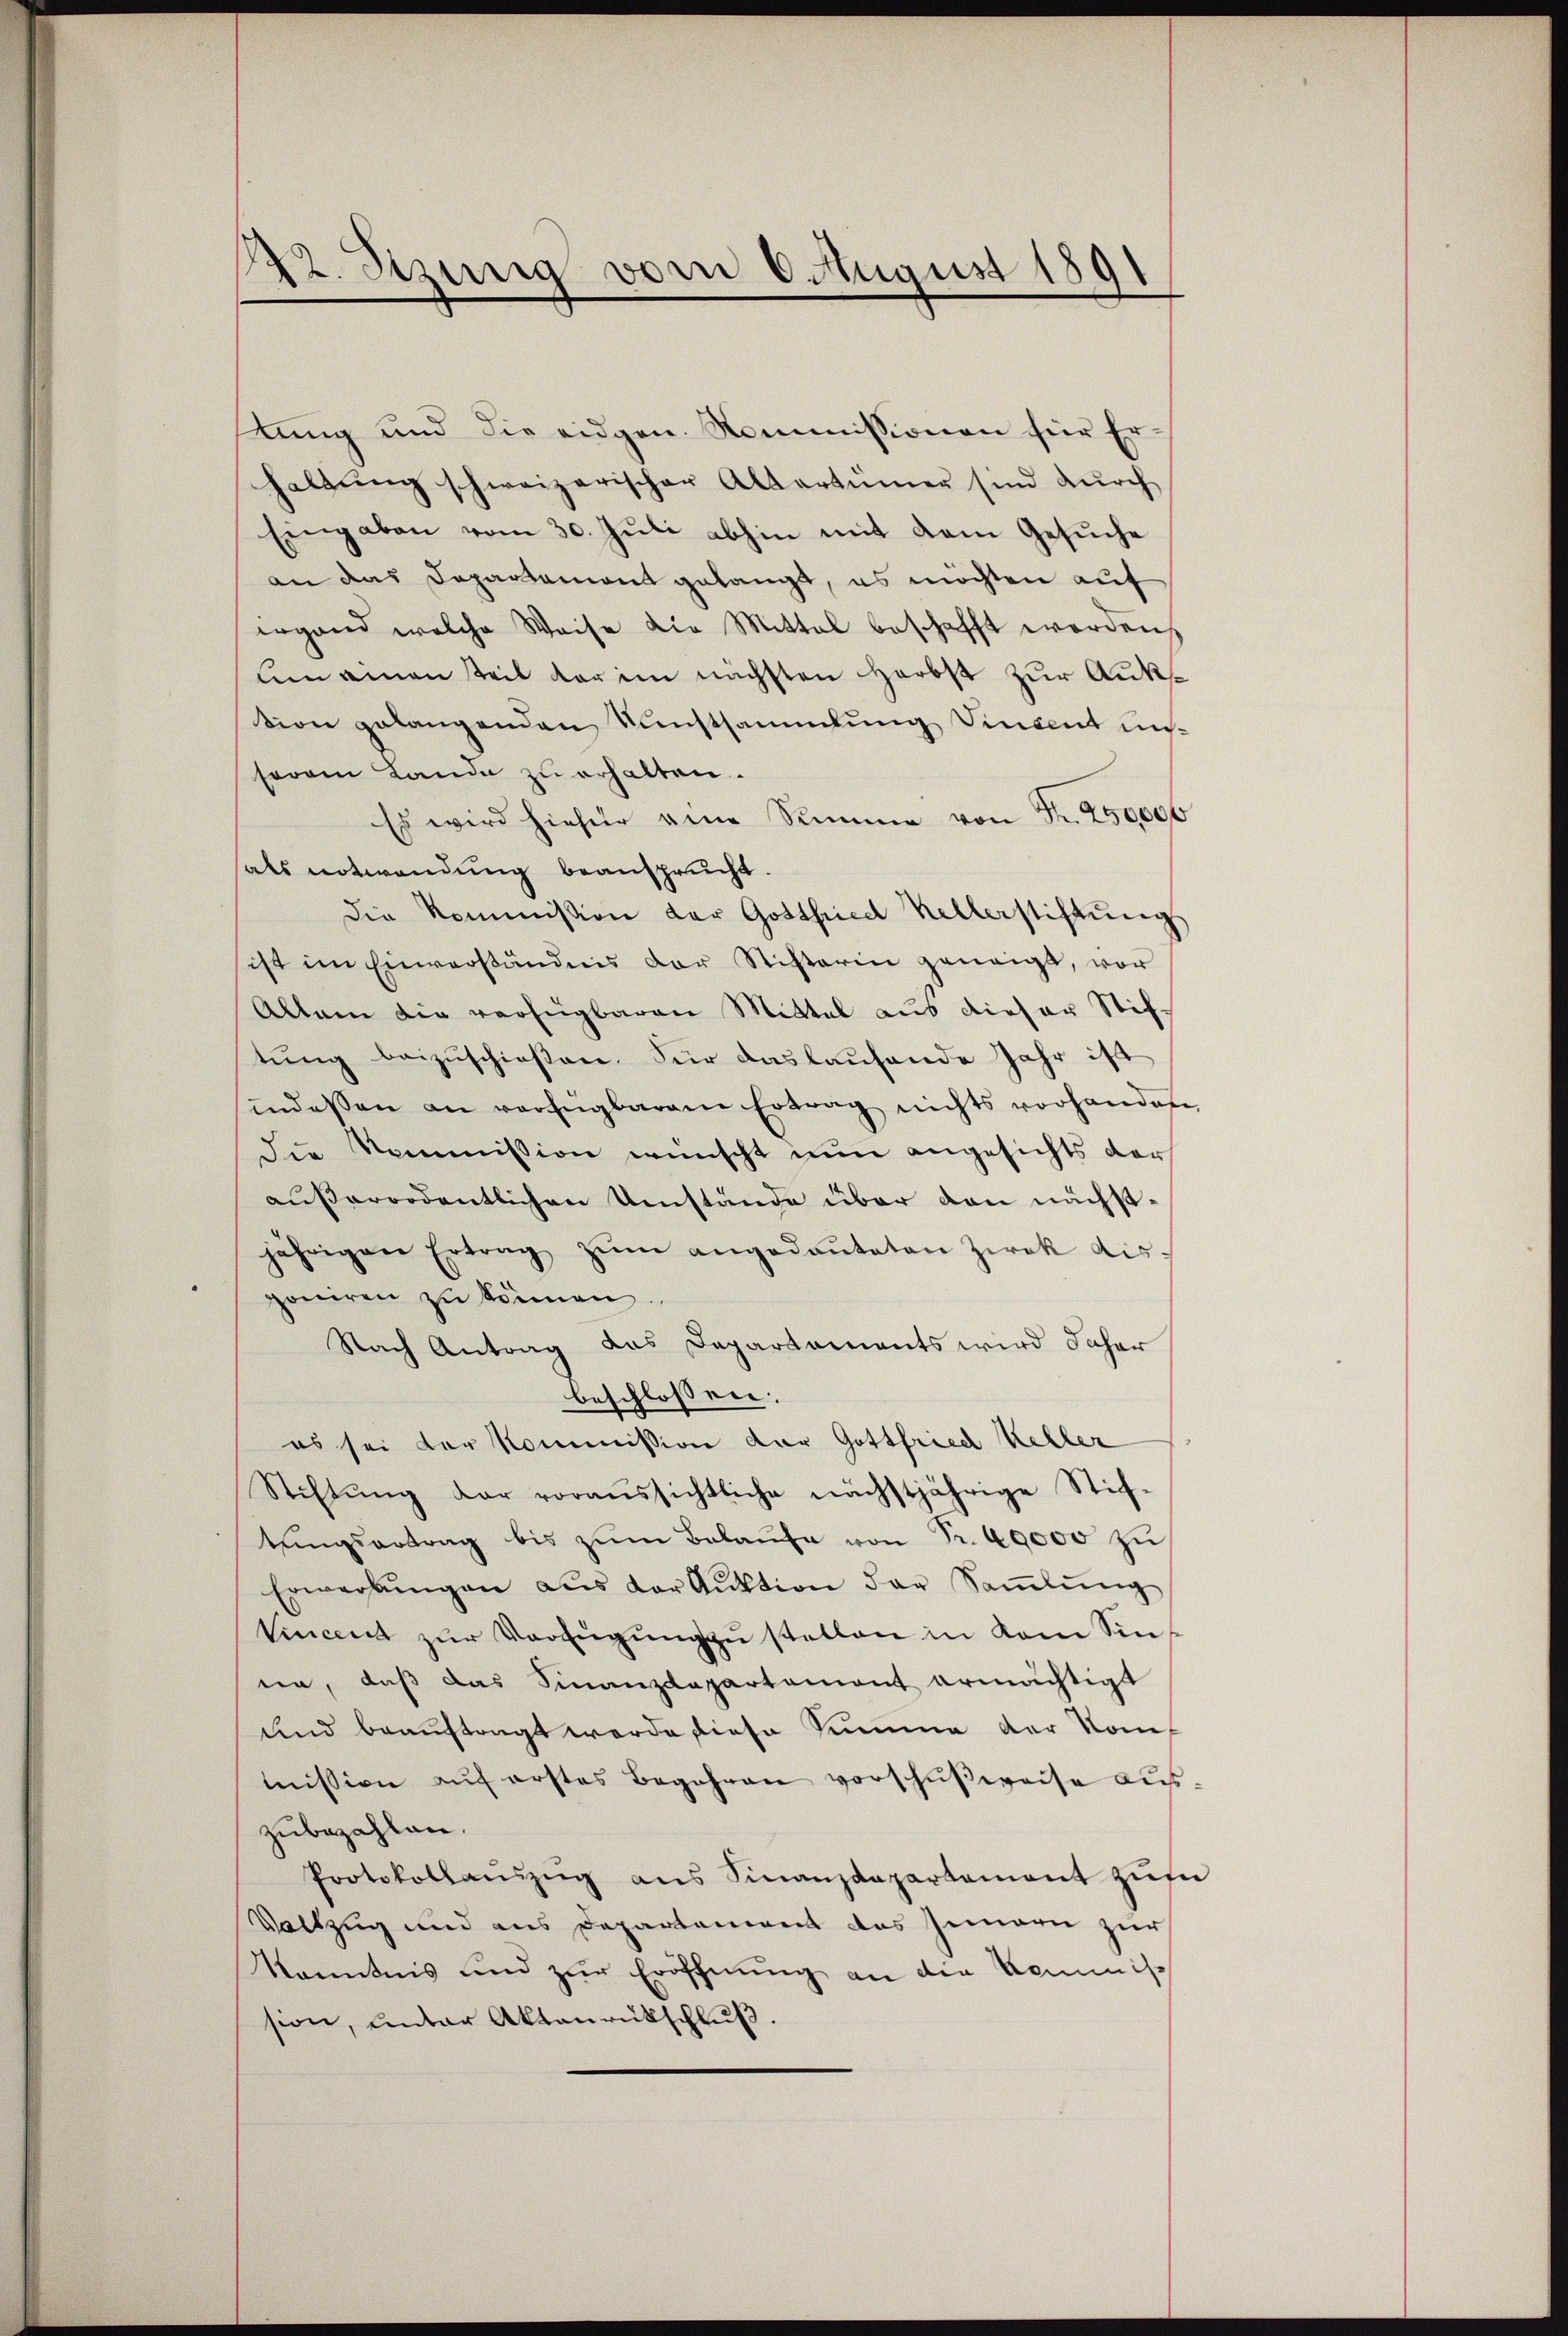
122. Sizung vom 6. August 1891

stung und die eidgen. Kommissionen für Erhaltŭng schweizerischer Altertümer sind dŭrch
Eingaben vom 30. Jŭli abhin mit dem Gesŭche
an das Departamont gelangt, es möchten auf
ergand welche Weise die Mittel beschafft werden,
lnamen Teil dar im nächsten Herbst zur Auktion gelangenden Kunstsammlung Vincent unserem Lande zu erhalten.
Es wird hiefür eine Summe von Fr. 250000
als notwendung beansprucht.
die Kommission der Gottfried Kellerstiftung
ist im Einverständnis der Stifterin geneigt, vor
Allein die verfügbaren Mittel aus dieser Stif-
tŭng beizŭschieβen. Für das laufende Jahr ist
sindessen an verfügbarem Ertrag nichts vorhanden
die Kommission wünscht nun angesichts der
außerordentlichen Umstände über den nächstjährigen Ertrag zŭm angedaŭteten Zwek dis-
poniren zu können.
Nach Antrag das Departements wird daher
beschlossen:
es sei der Kommission der Gottfried Keller
Stiftŭng der voraussichtliche nächstjährige Stif-
tŭngsantrag bis zŭm Belaufe von Fr. 40000 zu
Erwerbŭngen aus der Aŭktion der Saṁlŭng
Vincent zŭr Verfügŭng zŭ stellen in dem Sinen, daß das Finanzdepartamont ermächtigt
und beauftragt werde diese Summe der Kommission aŭf erstes Begehren vorschŭβweise aus.
zubezahlen.
Protokollaŭszŭg ans Sinanzdepartement zŭse
Vollzug und aus Departement des Innern zur
Kenntnis und zur Eröffnung an die Kommis
sion, unter Aktenrückschluß.